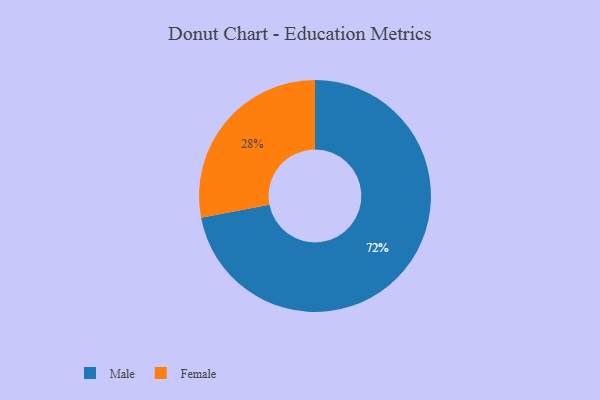
{"axis": {"x": "Category", "y": "Percentage"}, "legend": ["Female", "Male"], "data": [{"x": "Female", "y": 28, "type": "Female"}, {"x": "Male", "y": 72, "type": "Male"}]}